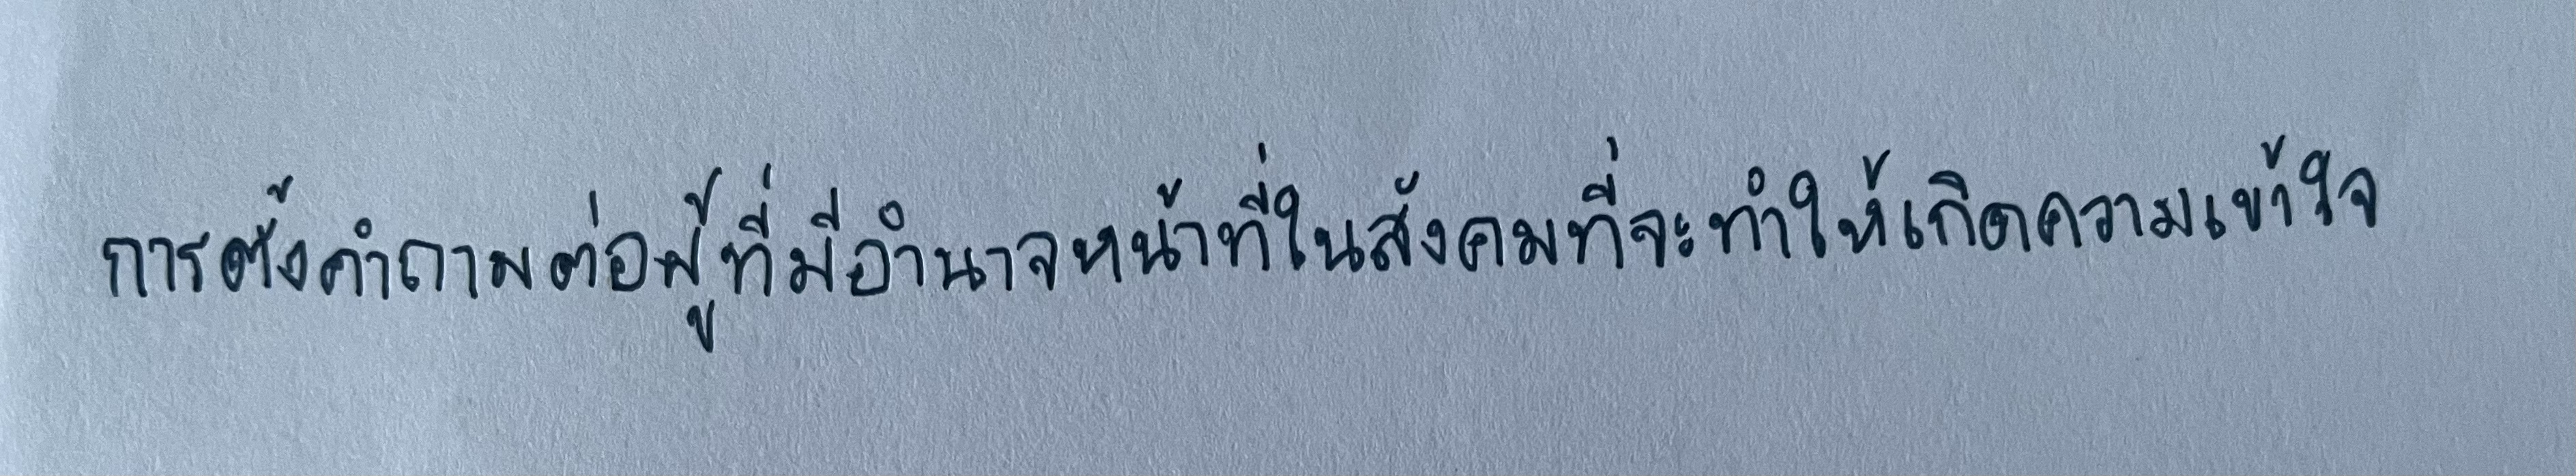
การตั้งคำถามต่อผู้ที่มีอำนาจหน้าที่ในสังคมที่จะทำให้เกิดความเข้าใจ